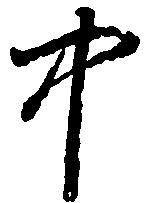
中